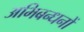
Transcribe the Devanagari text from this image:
अभिबन्धनों